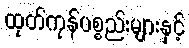
ထုတ်ကုန်ပစ္စည်းများနှင့်